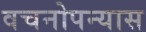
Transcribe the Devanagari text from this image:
वचनोपन्यास